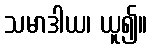
သမာဒါယ၊ ယူ၍။